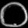
Digit: ၀